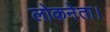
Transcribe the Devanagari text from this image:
लोकनेता।